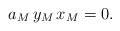
\begin{align*}a_M\,y_M\,x_M=0.\end{align*}